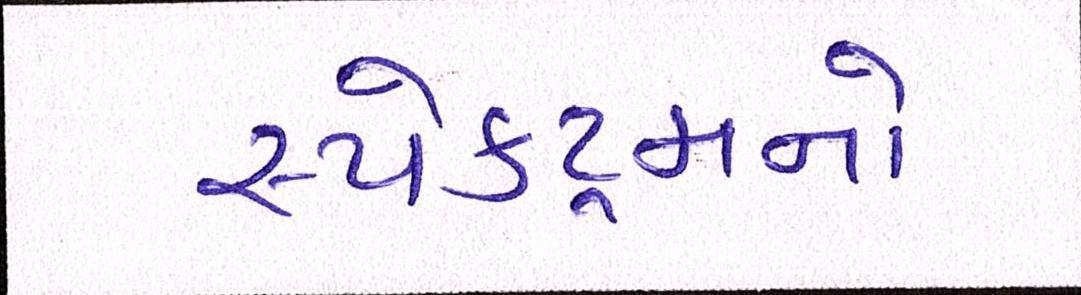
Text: સ્પેક્ટ્રમનો